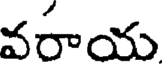
వరాయ